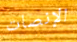
الإنصات